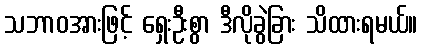
သဘာဝအားဖြင့် ရှေးဦးစွာ ဒီလိုခွဲခြား သိထားရမယ်။